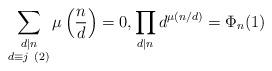
LaTeX: \begin{align*}\sum_{\substack{d \mid n \\ d \equiv j\ (2)}} \mu \left(\frac{n}{d}\right) = 0, \prod_{d \mid n} d^{\mu(n/d)} = \Phi_n(1)\end{align*}